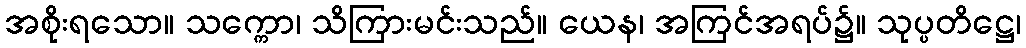
အစိုးရသော။ သက္ကော၊ သိကြားမင်းသည်။ ယေန၊ အကြင်အရပ်၌။ သုပ္ပတိဋ္ဌေ၊